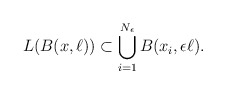
\begin{align*} L(B(x,\ell)) \subset \bigcup_{i=1}^{N_\epsilon} B(x_i,\epsilon \ell). \end{align*}